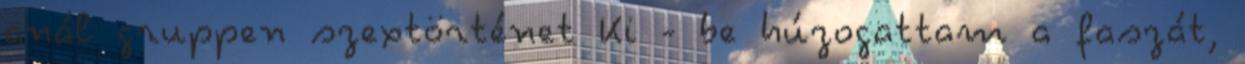
anál gruppen szextörténet Ki - be húzogattam a faszát,